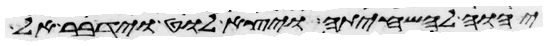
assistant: יהוה להשחיתה ויצא לוט וידבר אל